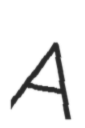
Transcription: A